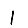
Digit: 1